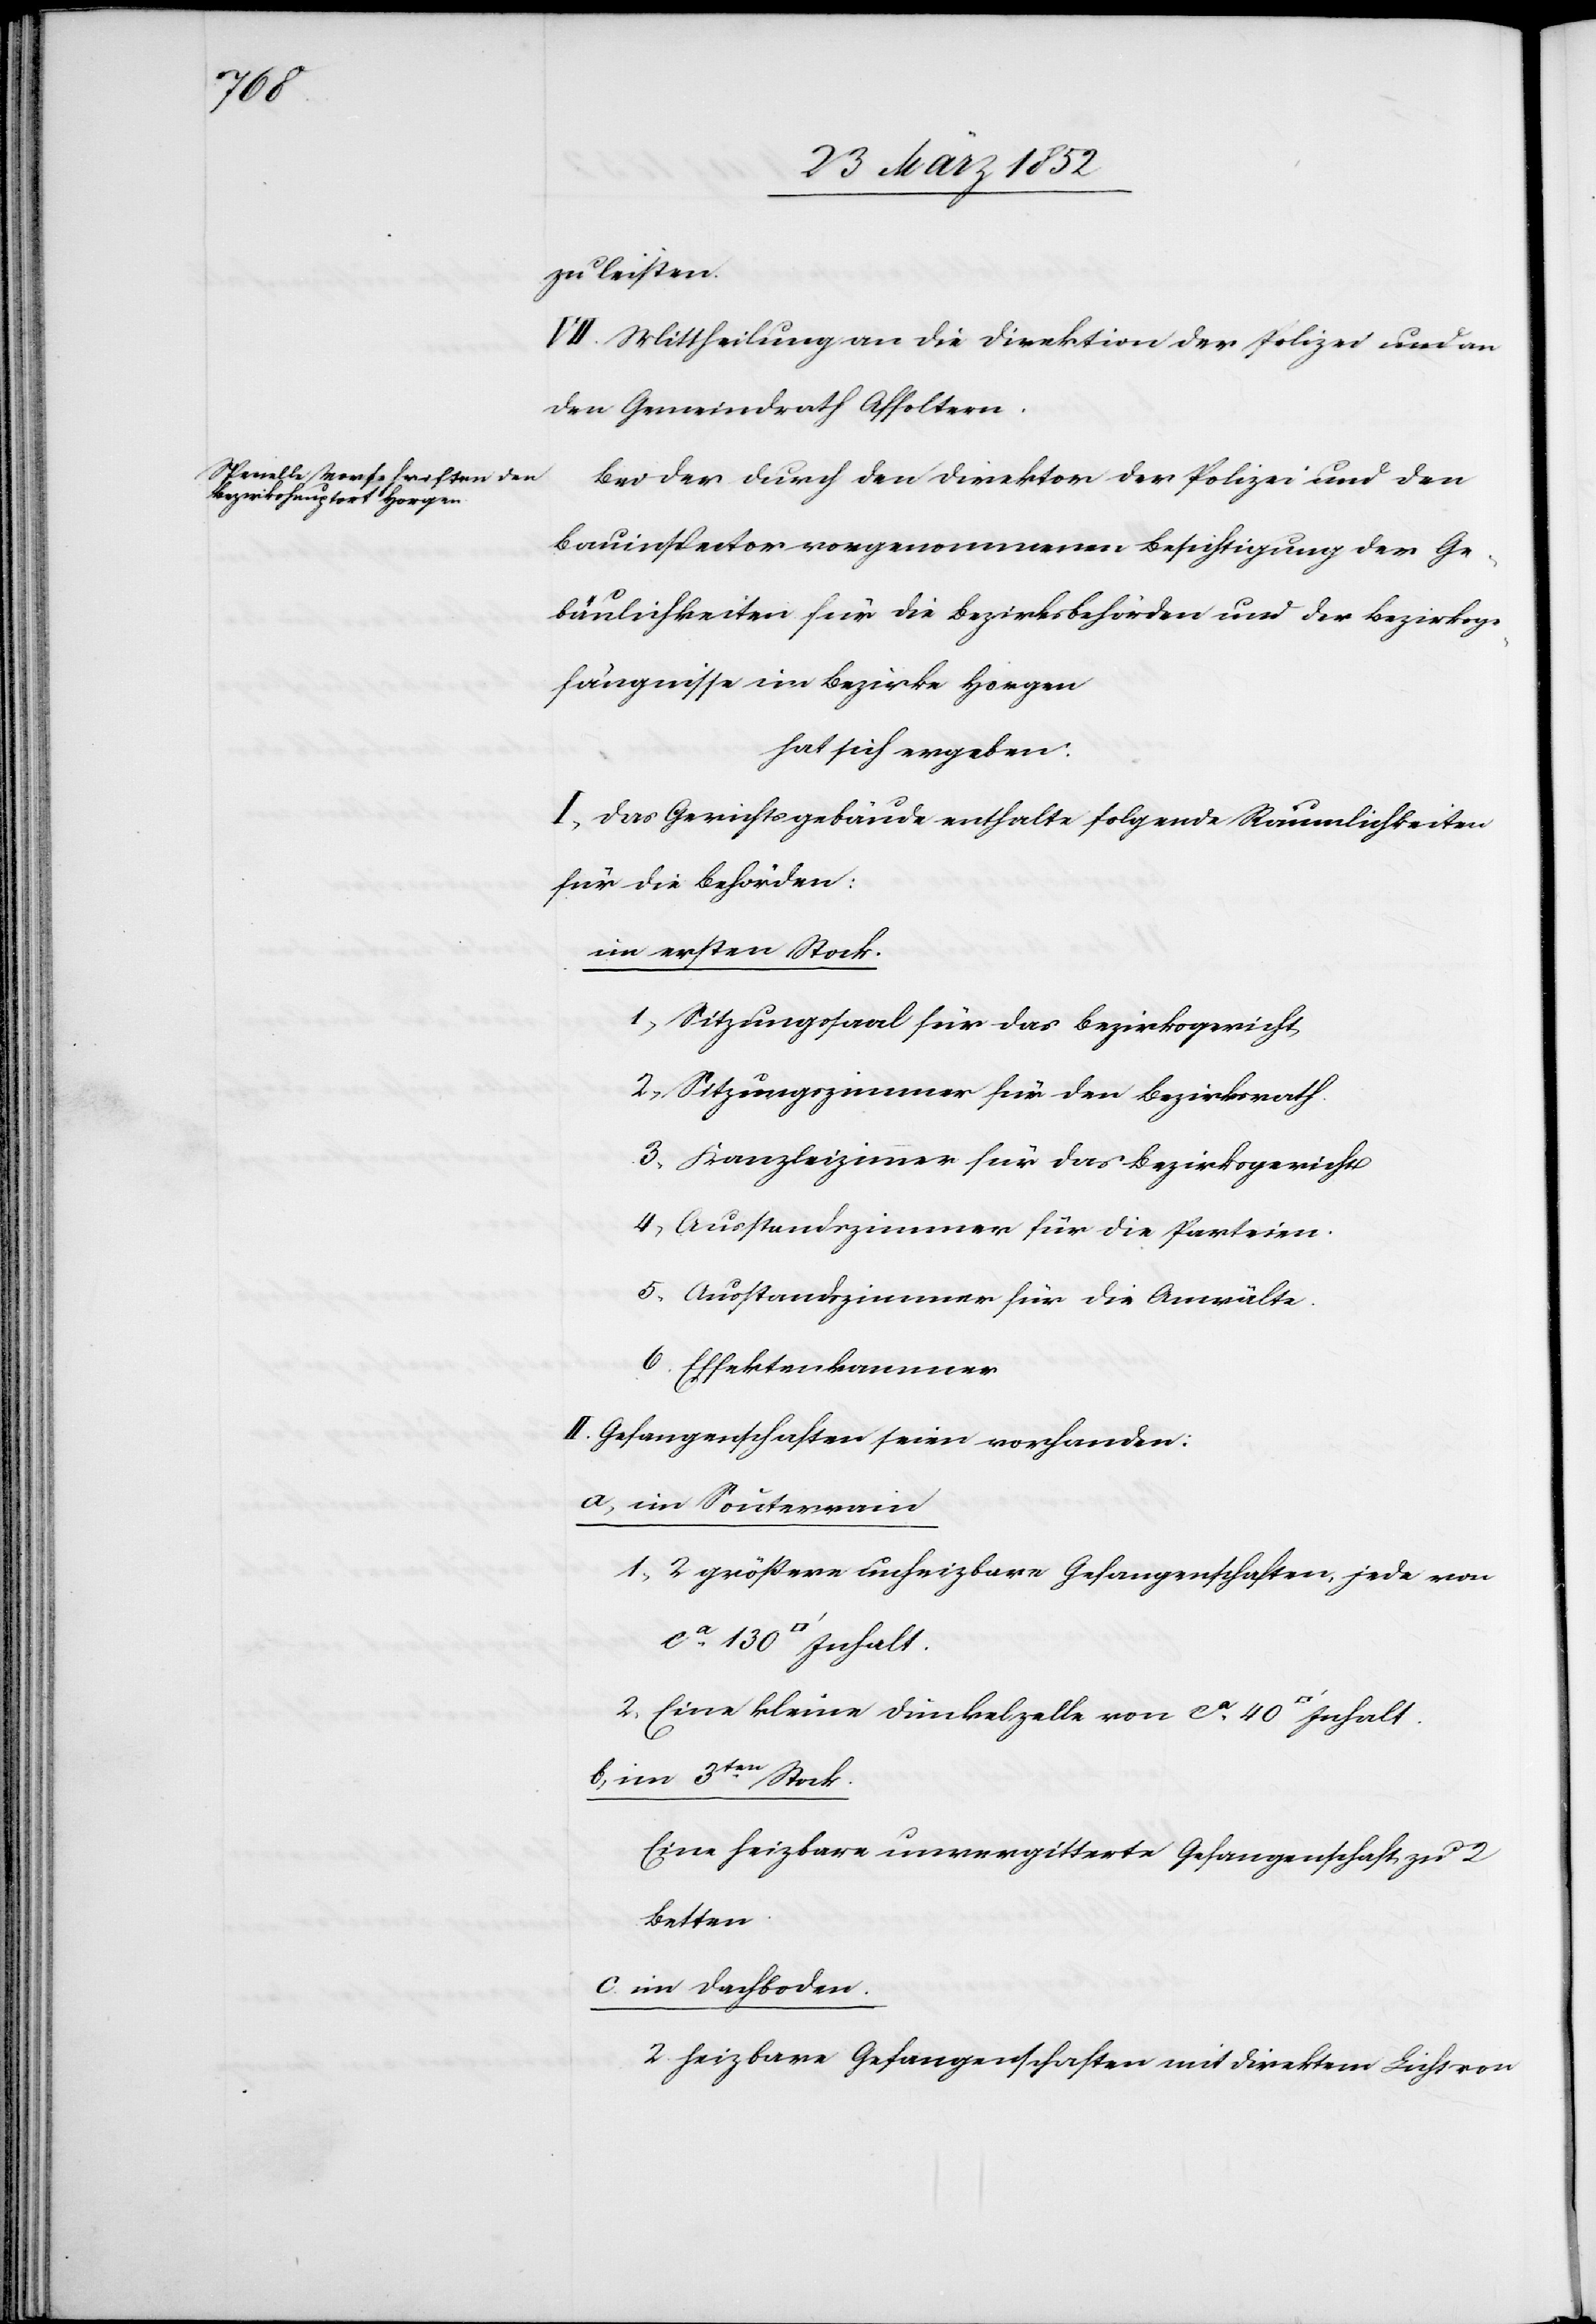
Inhalt.

zu leisten.
VII. Mittheilung an die Direktion der Polizei und an
den Gemeindrath Affoltern.
Bei der durch den Direktor der Polizei und den
Bauinspector vorgenommenen Besichtigung der Ge¬
bäulichkeiten für die Bezirksbehörden und der Bezirksge¬
fängnisse im Bezirke Horgen
hat sich ergeben:
I. Das Gerichtsgebäude enthalte folgende Räumlichkeiten
für die Behörden:
im ersten Stock.
1) Sitzungssaal für das Bezirksgericht
2) Sitzungszimmer für den Bezirksrath
3) Kanzleizimmer für das Bezirksgericht
4) Ausstandszimmer für die Parteien
5) Ausstandszimmer für die Anwälte
6) Effektenkammer
II. Gefangenschaften seien vorhanden:
a) im Souterrain
1) 2 größere unheizbare Gefangenschaften, jede von
2) Eine kleine Dunkelzelle von ca 40 [Quadrat¬
b) im 3ten Stock.
Eine heizbare unvergitterte Gefangenschaft zu 2
Betten.
c) im Dachboden.
2 heizbare Gefangenschaften mit direktem Licht von